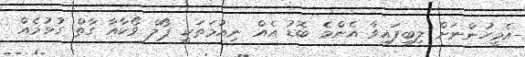
އެމީހުންނަށް ލިބިފައިވާ އެންމެ ބޮޑު އެއް ނިއުމަތަކީ ޕޯލް ވޯކާއާ ގާތް ގުޅުމެއް